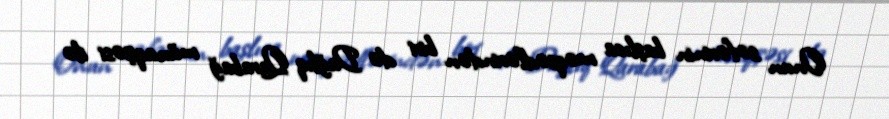
Onun səfərinin başlıca məqsədlərindən biri də Dağlıq Qarabağ münaqişəsi ilə